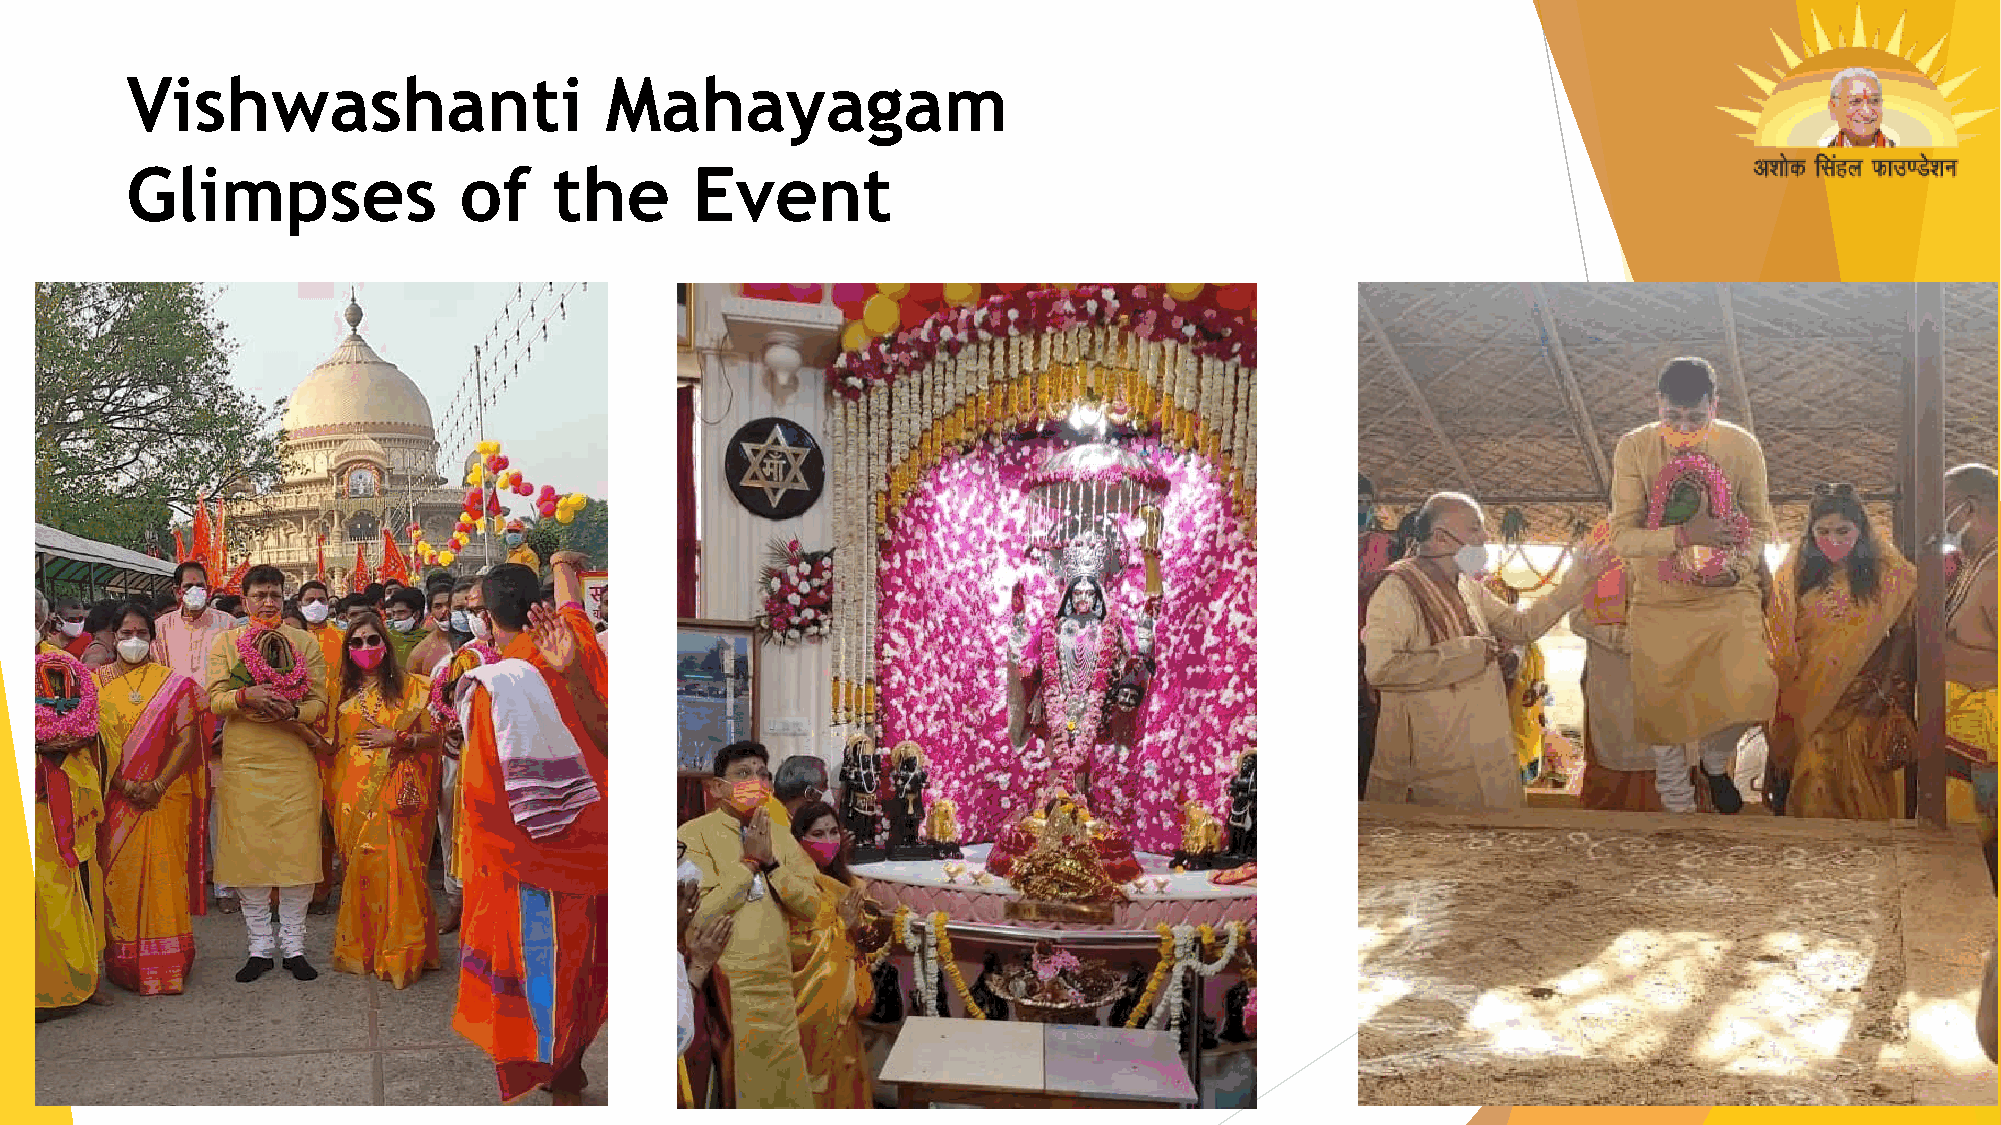
Vishwashanti                    Mahayagam
 Glimpses              of     the      Event